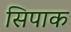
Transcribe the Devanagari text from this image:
सिपाक